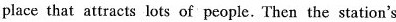
place that attracts lots of people. Then the station's